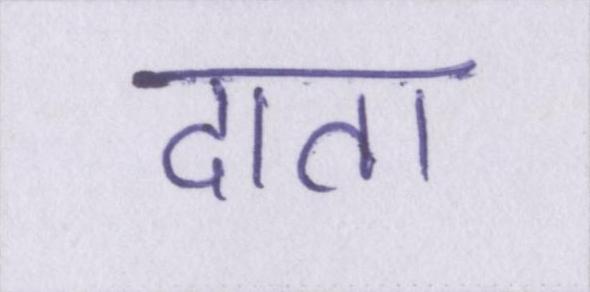
दाता